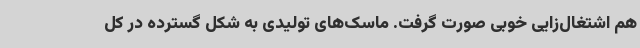
هم اشتغال‌زایی خوبی صورت گرفت. ماسک‌های تولیدی به شکل گسترده در کل